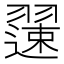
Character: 𫅯